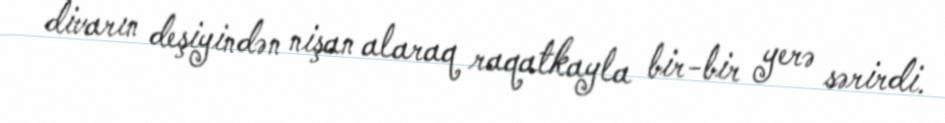
divarın deşiyindən nişan alaraq raqatkayla bir-bir yerə sərirdi.